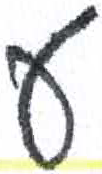
אות: ע